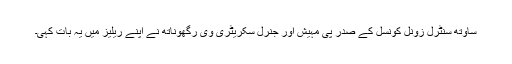
ساوتھ سنٹرل زونل کونسل کے صدر پی مہیش اور جنرل سکریٹری وی رگھوناتھ نے اپنے ریلیز میں یہ بات کہی۔